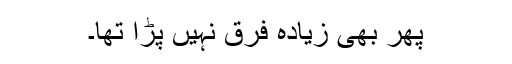
پھر بھی زیادہ فرق نہیں پڑا تھا۔